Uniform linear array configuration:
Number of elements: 48
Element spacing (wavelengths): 0.5
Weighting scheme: kaiser
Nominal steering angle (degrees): -45
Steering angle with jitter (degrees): -45.639
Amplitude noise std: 0.05
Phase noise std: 0.05

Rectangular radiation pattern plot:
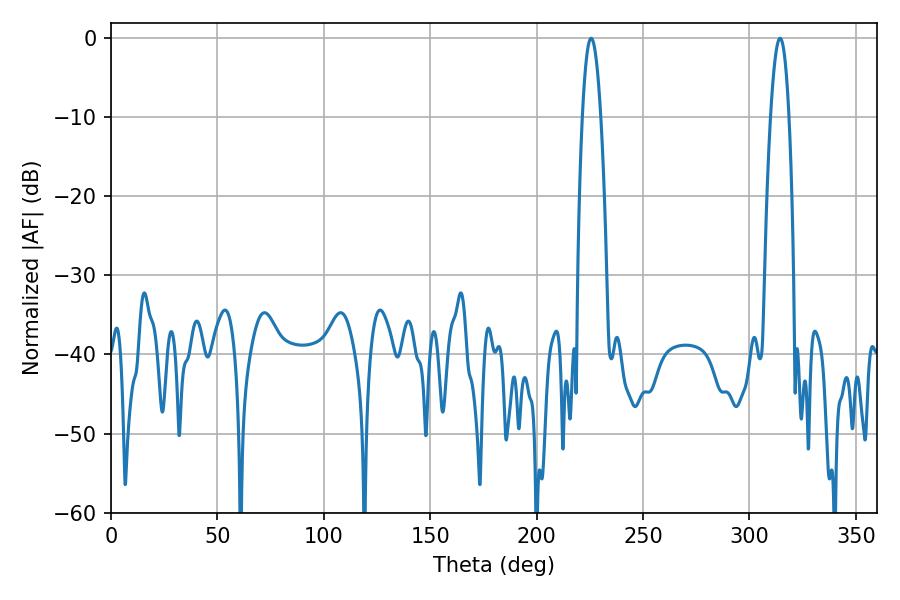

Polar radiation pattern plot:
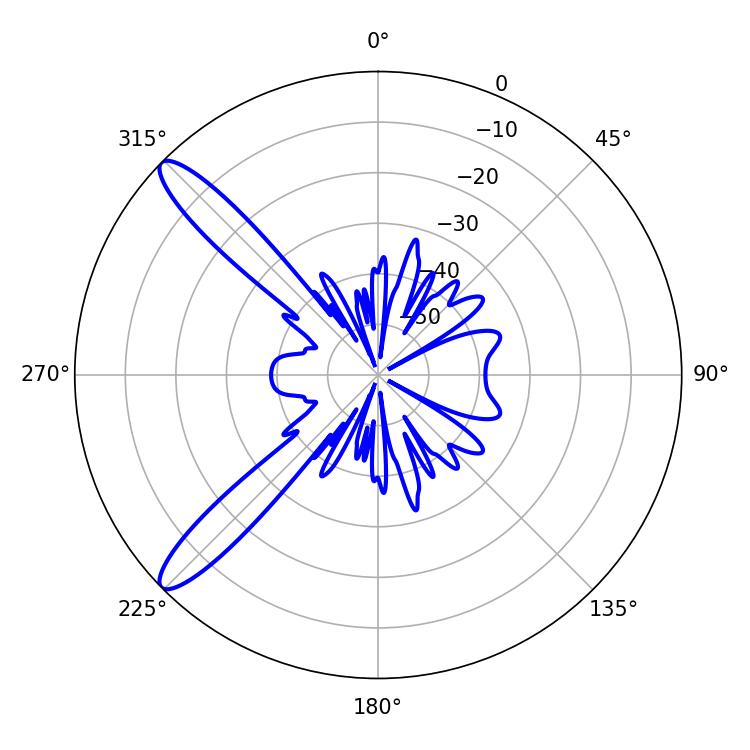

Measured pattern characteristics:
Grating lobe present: FALSE
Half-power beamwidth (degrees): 4.68
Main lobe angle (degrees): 225.54